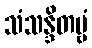
သံသန္ဒိတဗ္ဗံ